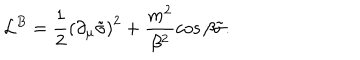
{ \cal L } ^ { B } = \frac { 1 } { 2 } \left( \partial _ { \mu } \tilde { \sigma } \right) ^ { 2 } + \frac { m ^ { 2 } } { \beta ^ { 2 } } \cos \beta \tilde { \sigma } .